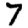
Digit: 7